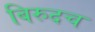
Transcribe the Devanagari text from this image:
बिरुदच